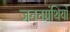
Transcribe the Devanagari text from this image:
जननग्रंथियाँ